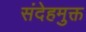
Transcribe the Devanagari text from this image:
संदेहमुक्त